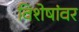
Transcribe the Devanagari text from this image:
विशेषांवर